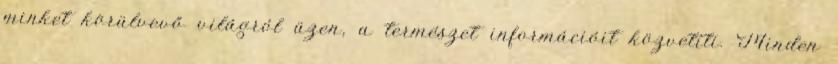
minket körülvevő világról üzen, a természet információit közvetíti. Minden